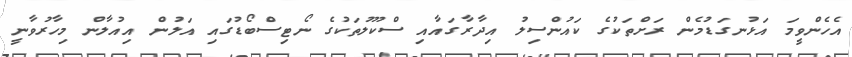
އެހެންވީމަ އަޅުނގަޑުމެން ރަށްތަކުގެ ކައުންސިލު އިދާރާގައާއި ސްކޫލުތަކުގެ ނޯޓިސްބޯޑުގައި އަލުން އިއުލާން މިހާރުވާނީ